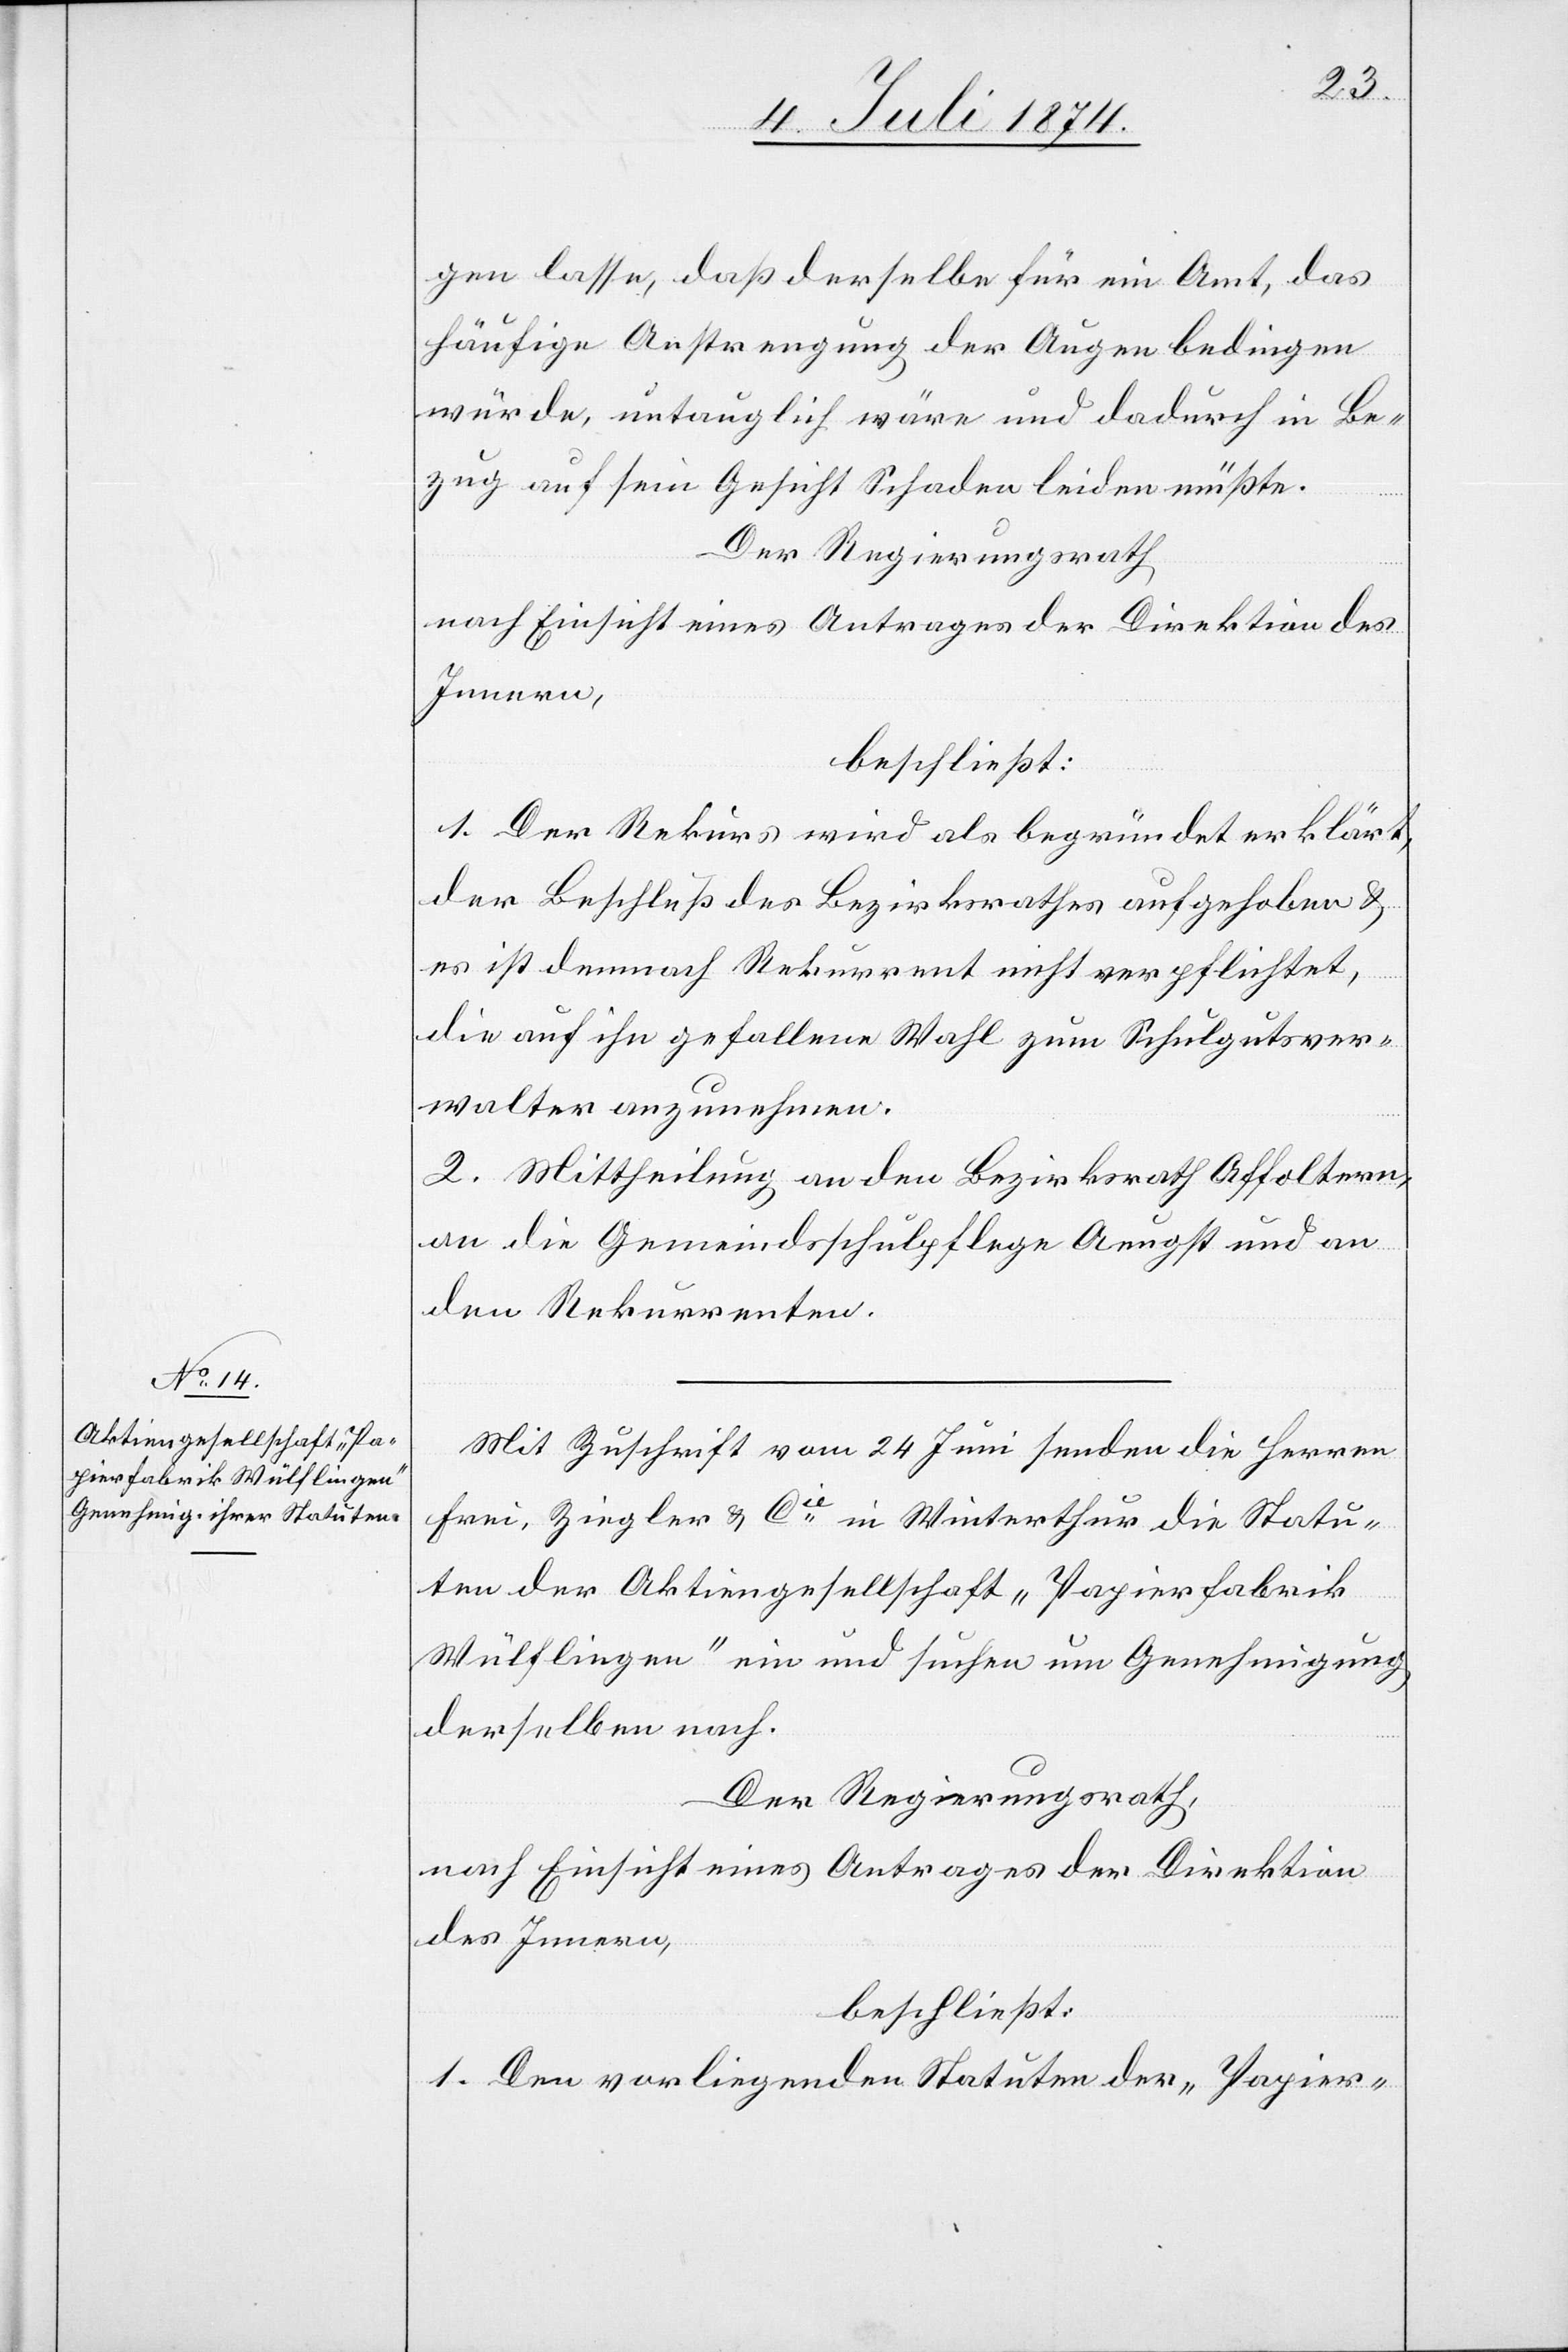
gen lasse, daß derselbe für ein Amt, das
häufige Anstrengung der Augen bedingen
würde, untauglich wäre und dadurch in Be¬
zug auf sein Gesicht Schaden leiden müßte.
Der Regierungsrath,
nach Einsicht eines Antrages der Direktion des
Innern,
beschließt:
1. Der Rekurs wird als begründet erklärt,
der Beschluß des Bezirksrathes aufgehoben u.
es ist demnach Rekurrent nicht verpflichtet,
die auf ihn gefallene Wahl zum Schulgutsver¬
walter anzunehmen.
2. Mittheilung an den Bezirksrath Affoltern,
an die Gemeindsschulpflege Aeugst und an
den Rekurrenten.
Mit Zuschrift vom 24. Juni senden die Herren
Frei, Ziegler u. Cie in Winterthur die Statu¬
ten der Aktiengesellschaft „Papierfabrik
Wülflingen“ ein und suchen um Genehmigung
derselben nach.
Der Regierungsrath,
nach Einsicht eines Antrages der Direktion
des Innern,
beschließt:
1. Den vorliegenden Statuten der „Papier-